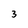
Character: 3